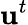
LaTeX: {\boldsymbol{\mathbf{u}}}^{t}